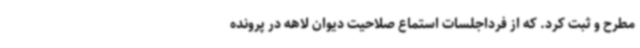
مطرح و ثبت کرد. که از فرداجلسات استماع صلاحیت دیوان لاهه در پرونده